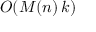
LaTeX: O ( M ( n ) \, k )